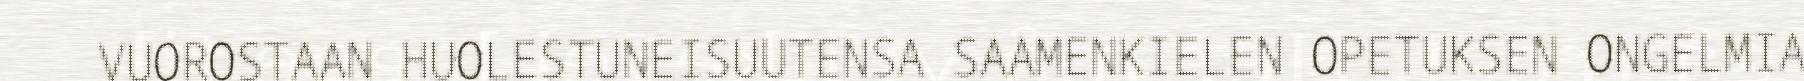
VUOROSTAAN HUOLESTUNEISUUTENSA SAAMENKIELEN OPETUKSEN ONGELMIA